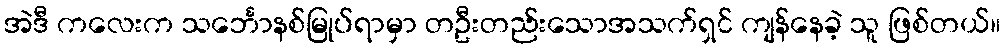
အဲဒီ ကလေးက သင်္ဘောနစ်မြုပ်ရာမှာ တဦးတည်းသောအသက်ရှင် ကျန်နေခဲ့ သူ ဖြစ်တယ်။